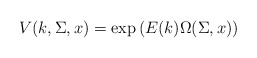
\begin{align*}V(k,\Sigma , x) = \exp \left( E(k) \Omega (\Sigma ,x) \right)\end{align*}